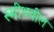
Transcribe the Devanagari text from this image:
स्मीथबील